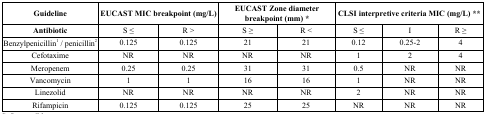
<table><thead><tr><td><b>Guideline</b></td><td colspan="2"><b>EUCAST MIC breakpoint (mg/L)</b></td><td colspan="2"><b>EUCAST Zone diameter breakpoint (mm) *</b></td><td colspan="3"><b>CLSI interpretive criteria MIC (mg/L) **</b></td></tr></thead><tbody><tr><td><b>Antibiotic</b></td><td>S ≤</td><td>R &gt;</td><td>S ≥</td><td>R &lt;</td><td>S ≤</td><td>I</td><td>R ≥</td></tr><tr><td>Benzylpenicillin<sup>1</sup> / penicillin<sup>2</sup></td><td>0.125</td><td>0.125</td><td>21</td><td>21</td><td>0.12</td><td>0.25-2</td><td>4</td></tr><tr><td>Cefotaxime</td><td>NR</td><td>NR</td><td>NR</td><td>NR</td><td>1</td><td>2</td><td>4</td></tr><tr><td>Meropenem</td><td>0.25</td><td>0.25</td><td>31</td><td>31</td><td>0.5</td><td>NR</td><td>NR</td></tr><tr><td>Vancomycin</td><td>1</td><td>1</td><td>16</td><td>16</td><td>1</td><td>NR</td><td>NR</td></tr><tr><td>Linezolid</td><td>NR</td><td>NR</td><td>NR</td><td>NR</td><td>2</td><td>NR</td><td>NR</td></tr><tr><td>Rifampicin</td><td>0.125</td><td>0.125</td><td>25</td><td>25</td><td>NR</td><td>NR</td><td>NR</td></tr></tbody></table>